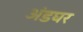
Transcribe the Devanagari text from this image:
अंडघर